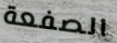
الصفعة